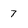
Character: 7